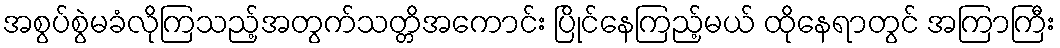
အစွပ်စွဲမခံလိုကြသည့်အတွက်သတ္တိအကောင်း ပြိုင်နေကြည့်မယ် ထိုနေရာတွင် အကြာကြီး